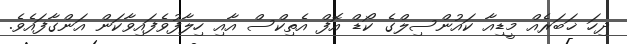
ދިހަ ޚަބަރެއް މީޑިއާ ކައުންސިލްގެ ކޯޑް އޮފް އެތިކްސް އާއި ހިލާފުވެފައިވާކަން އަންގާފައެވެ.